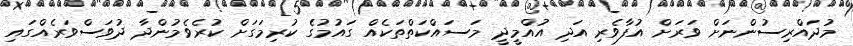
މުދައްރިސުންނަށް ވަރަށް އުފާވެރި އަދި އުއްމީދީ މަސައްކަތްތަކެއް ގައުމުގެ ކުރިމަގަށް ކުރެވެމުންދާ ދުވަސްވަރެއްގައި